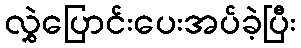
လွှဲပြောင်းပေးအပ်ခဲ့ပြီး